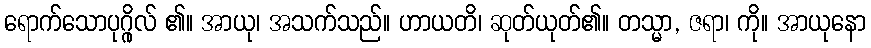
ရောက်သောပုဂ္ဂိုလ် ၏။ အာယု၊ အသက်သည်။ ဟာယတိ၊ ဆုတ်ယုတ်၏။ တသ္မာ, ဇရာ၊ ကို။ အာယုနော